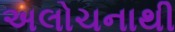
અલોચનાથી